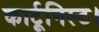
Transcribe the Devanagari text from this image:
कार्टूनिस्ट।